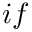
i f